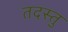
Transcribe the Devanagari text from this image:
तदस्तु